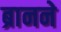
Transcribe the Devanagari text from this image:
ब्रानने